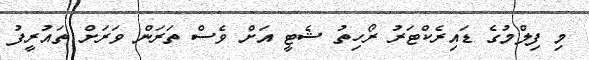
މި ފިލްމުގެ ޑައިރެކްޓަރު ރޯހިތު ޝެޓީ އަށް ވެސް ތަރަން ވަރަށް ތައުރީފު